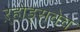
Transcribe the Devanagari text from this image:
ऱ्होड्सचेच